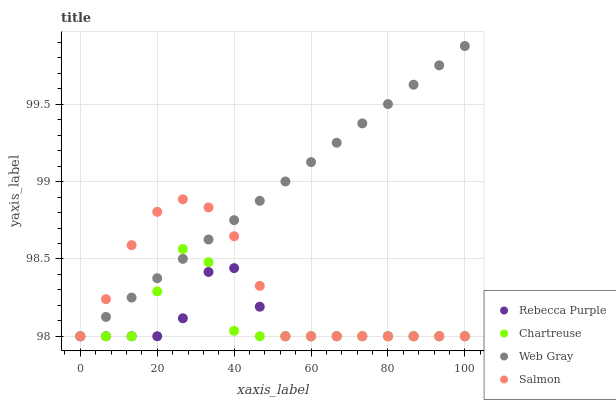
| xaxis_label | Rebecca Purple | Chartreuse | Web Gray | Salmon |
 | --- | --- | --- | --- | --- |
 | 0 | 98 | 98 | 98 | 98 |
 | 6.67 | 98 | 98 | 98.1 | 98.2 |
 | 13.3 | 98 | 98 | 98.3 | 98.6 |
 | 20 | 98 | 98.3 | 98.4 | 98.8 |
 | 26.7 | 98.1 | 98.6 | 98.5 | 98.9 |
 | 33.3 | 98.4 | 98.5 | 98.6 | 98.8 |
 | 40 | 98.4 | 98 | 98.8 | 98.6 |
 | 46.7 | 98.2 | 98 | 98.9 | 98.3 |
 | 53.3 | 98 | 98 | 99 | 98 |
 | 60 | 98 | 98 | 99.1 | 98 |
 | 66.7 | 98 | 98 | 99.3 | 98 |
 | 73.3 | 98 | 98 | 99.4 | 98 |
 | 80 | 98 | 98 | 99.5 | 98 |
 | 86.7 | 98 | 98 | 99.6 | 98 |
 | 93.3 | 98 | 98 | 99.8 | 98 |
 | 100 | 98 | 98 | 99.9 | 98 |